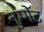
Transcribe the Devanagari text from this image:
नुग्गेट